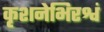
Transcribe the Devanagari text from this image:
कृशनेभिरश्वं